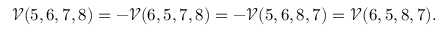
\mathcal V ( 5 , 6 , 7 , 8 ) = - \mathcal V ( 6 , 5 , 7 , 8 ) = - \mathcal V ( 5 , 6 , 8 , 7 ) = \mathcal V ( 6 , 5 , 8 , 7 ) .